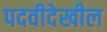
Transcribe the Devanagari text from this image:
पदवीदेखील